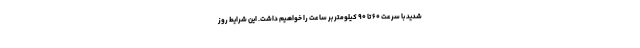
شدید با سرعت ۶۰ تا ۹۰ کیلومتر بر ساعت را خواهیم داشت. این شرایط روز